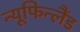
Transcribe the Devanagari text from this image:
न्यूफिन्लैंड